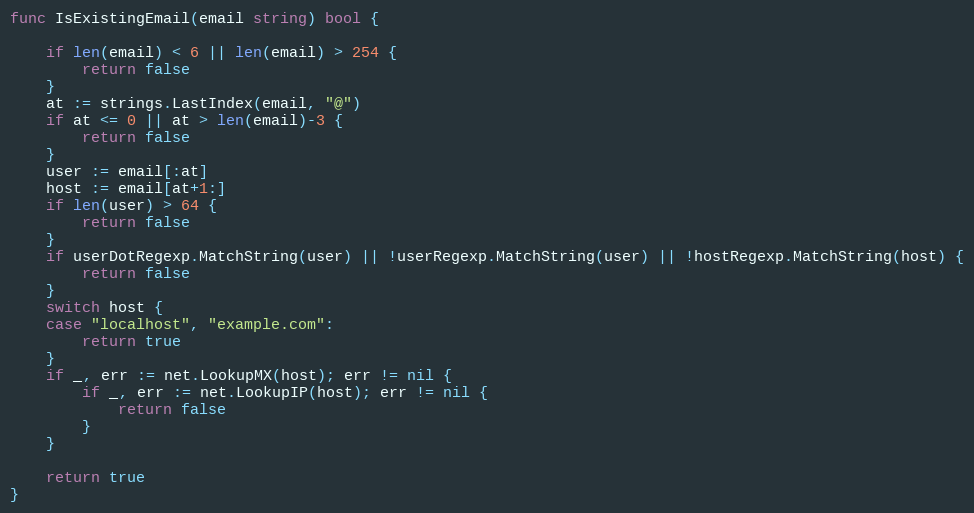
Language: Go
func IsExistingEmail(email string) bool {

	if len(email) < 6 || len(email) > 254 {
		return false
	}
	at := strings.LastIndex(email, "@")
	if at <= 0 || at > len(email)-3 {
		return false
	}
	user := email[:at]
	host := email[at+1:]
	if len(user) > 64 {
		return false
	}
	if userDotRegexp.MatchString(user) || !userRegexp.MatchString(user) || !hostRegexp.MatchString(host) {
		return false
	}
	switch host {
	case "localhost", "example.com":
		return true
	}
	if _, err := net.LookupMX(host); err != nil {
		if _, err := net.LookupIP(host); err != nil {
			return false
		}
	}

	return true
}